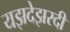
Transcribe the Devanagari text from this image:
यझदेझरदी